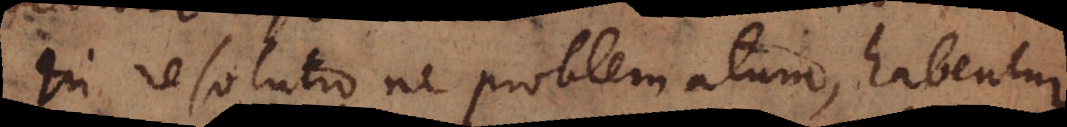
In resolutione problematum, habentur